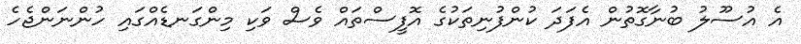
އެ އުސޫލު ބުނާގޮތުން އެފަދަ ކުންފުނިތަކުގެ އޮފީސްތައް ވެސް ވަކި މިންގަނޑެއްގައި ހުންނަންޖެހެ